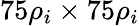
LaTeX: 75\rho_{i}\times 75\rho_{i}